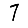
Digit: 7